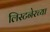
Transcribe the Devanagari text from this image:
लिस्टनेरच्या